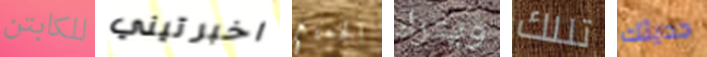
للكابتن اخبرتيني الجميع ويترك تللك حديثك